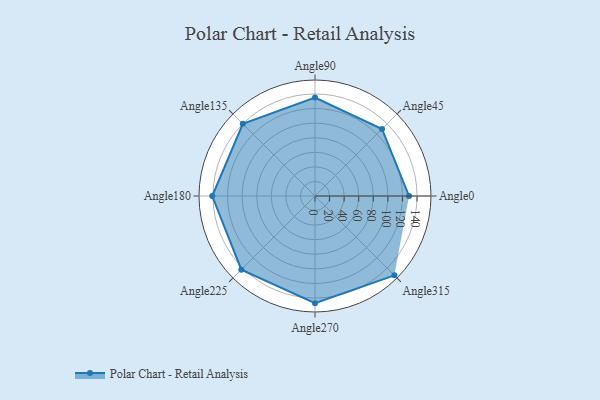
{"axis": {"x": "Angle", "y": "Radius"}, "legend": [""], "data": [{"x": "Angle0", "y": 129.0, "type": ""}, {"x": "Angle45", "y": 130.0, "type": ""}, {"x": "Angle90", "y": 135.0, "type": ""}, {"x": "Angle135", "y": 140.0, "type": ""}, {"x": "Angle180", "y": 141.0, "type": ""}, {"x": "Angle225", "y": 143.0, "type": ""}, {"x": "Angle270", "y": 147.0, "type": ""}, {"x": "Angle315", "y": 154.0, "type": ""}]}